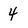
Character: 4